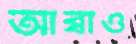
আব্বাও